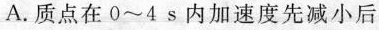
A.质点在0~4s内加速度先减小后